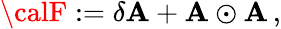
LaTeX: {\calF}:=\delta{\cal\mathbf{A}}+{\cal\mathbf{A}}\odot{\cal\mathbf{A}}\, ,